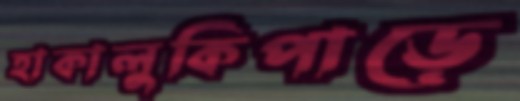
হাকালুকিপাড়ে